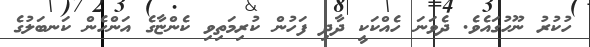
ހުކުރު ނޫހުގައެވެ. ދެވަނަ ހެއްކަކީ ދާދި ފަހުން ކުރިމަތިވި ކެންޏާގެ އަންހެން ކަނބަލުގެ